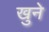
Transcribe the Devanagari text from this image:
खुने